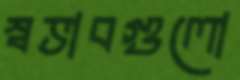
স্বভাবগুলো